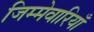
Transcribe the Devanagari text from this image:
जिम्मेवारियाँ